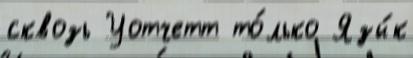
сквозь Уотчетт то́лько Язы́к